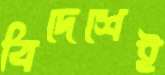
বিদেশেই